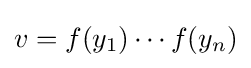
v=f(y_{1})\cdots f(y_{n})